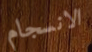
الانسجام